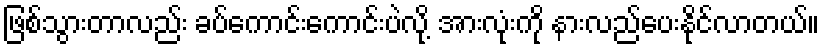
ဖြစ်သွားတာလည်း ခပ်ကောင်းကောင်းပဲလို့ အားလုံးကို နားလည်ပေးနိုင်လာတယ်။